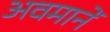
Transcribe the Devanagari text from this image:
अवमानें